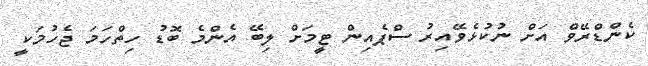
ކެންޑްރޭވް އަށް ނުކުޅެވޭއިރު ސްޕެއިން ޓީމަށް ލިބޭ އެންމެ ބޮޑު ހިތްހަމަ ޖެހުމަކީ